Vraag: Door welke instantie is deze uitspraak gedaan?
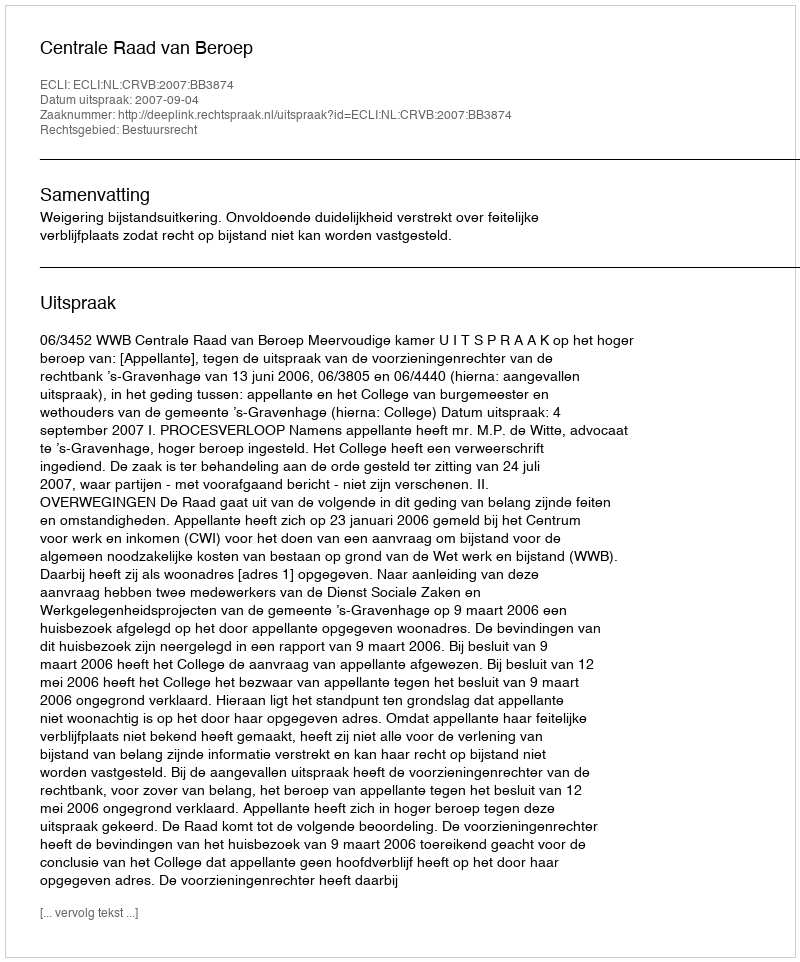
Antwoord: Centrale Raad van Beroep